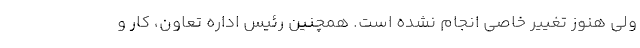
ولی هنوز تغییر خاصی انجام نشده است. همچنین رئیس اداره تعاون، کار و